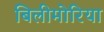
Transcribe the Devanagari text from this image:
बिलीमोरिया